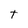
Character: t